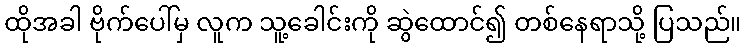
ထိုအခါ ဗိုက်ပေါ်မှ လူက သူ့ခေါင်းကို ဆွဲထောင်၍ တစ်နေရာသို့ ပြသည်။